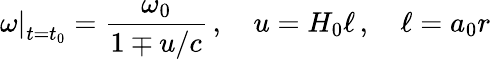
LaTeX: \left.\omega\right|_{t=t_{0}}=\frac{\omega_{0}}{1\mp u/c}\, ,\quad u=H_{0}\ell\, ,\quad\ell=a_{0}r